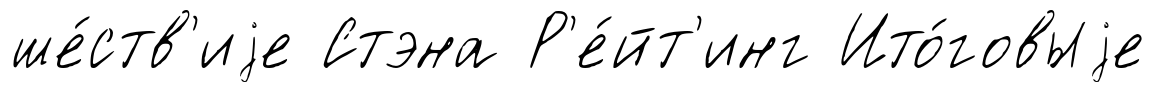
ше́ств'иjе Стэна Р'е́йт'инг Ито́говыjе